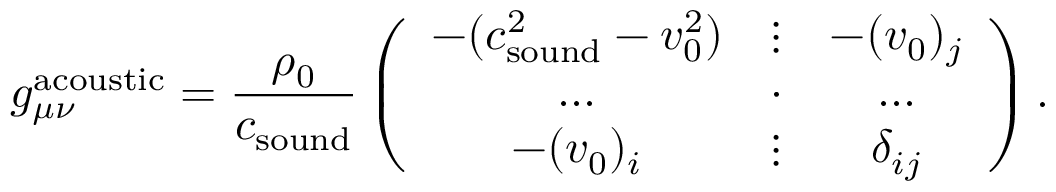
g _ { \mu \nu } ^ { \mathrm { a c o u s t i c } } = \frac { \rho _ { 0 } } { c _ { \mathrm { s o u n d } } } \left( \begin{array} { c c c } { - ( c _ { \mathrm { s o u n d } } ^ { 2 } - v _ { 0 } ^ { 2 } ) } & { \vdots } & { - ( v _ { 0 } ) _ { j } } \\ { \ldots } & { \cdot } & { \ldots } \\ { - ( v _ { 0 } ) _ { i } } & { \vdots } & { \delta _ { i j } } \end{array} \right) .